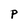
Character: P